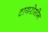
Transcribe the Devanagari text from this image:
टायरोसीन